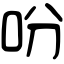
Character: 吩